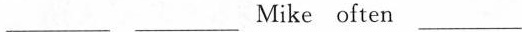
___ ___Mike often___